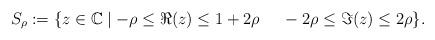
LaTeX: \begin{align*}S_{\rho} := \{z \in \mathbb{C} \mid-\rho \leq \Re(z) \leq 1+ 2\rho \:\:\:\:\:\:-2\rho \leq \Im(z) \leq 2\rho\}.\end{align*}